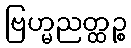
ဗြဟ္မညတ္ထဉ္စ